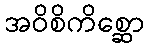
အဝိစိကိစ္ဆော